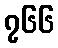
၇၆၆